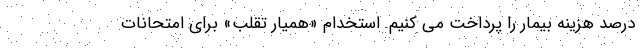
درصد هزینه بیمار را پرداخت می کنیم. استخدام «همیار تقلب» برای امتحانات